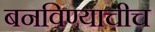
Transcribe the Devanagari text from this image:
बनविण्याचीच